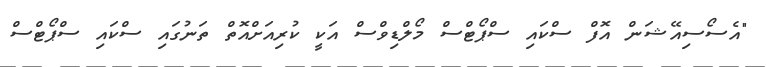
"އެސޯސިއޭޝަން އޮފް ސްކައި ސްޕޯޓްސް މޯލްޑިވްސް އަކީ ކުރިއަށްއޮތް ތަނުގައި ސްކައި ސްޕޯޓްސް